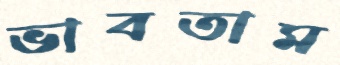
ভাবতাম